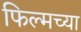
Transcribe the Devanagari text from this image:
फिल्मच्या